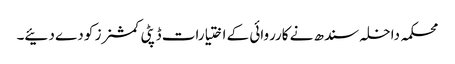
محکمہ داخلہ سندھ نے کارروائی کے اختیارات ڈپٹی کمشنرز کو دے دئیے۔